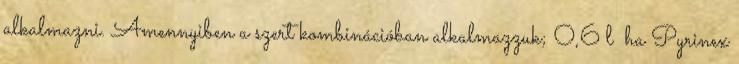
alkalmazni. Amennyiben a szert kombinációban alkalmazzuk; 0,6 l ha Pyrinex